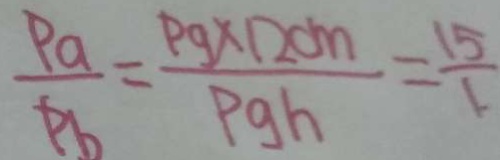
\frac { P a } { P b } = \frac { p g \times 1 2 c m } { p g h } = \frac { 1 5 } { 1 }